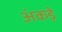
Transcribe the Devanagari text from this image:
अंकड़े